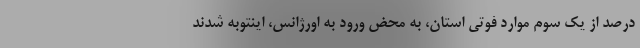
درصد از یک سوم موارد فوتی استان، به محض ورود به اورژانس، اینتوبه شدند